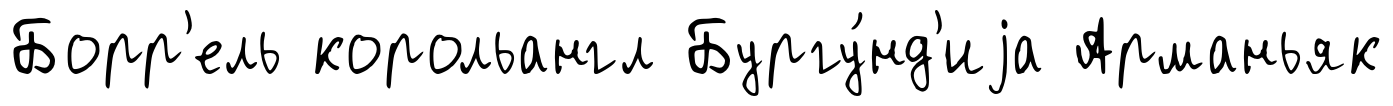
Борр'ель корольангл Бургу́нд'иjа Арманьяк